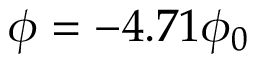
\phi = - 4 . 7 1 \phi _ { 0 }